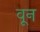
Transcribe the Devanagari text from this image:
वून